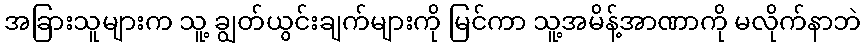
အခြားသူများက သူ့ ချွတ်ယွင်းချက်များကို မြင်ကာ သူ့အမိန့်အာဏာကို မလိုက်နာဘဲ